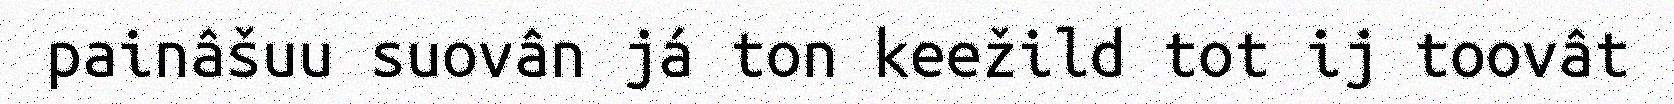
painâšuu suovân já ton keežild tot ij toovât